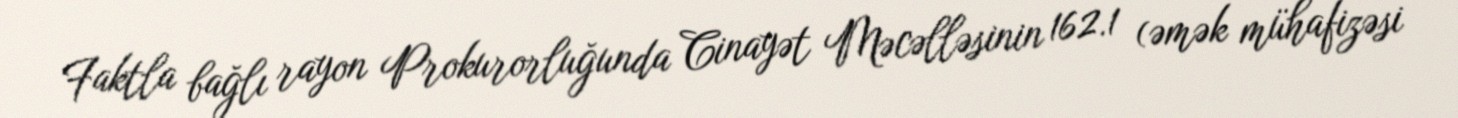
Faktla bağlı rayon Prokurorluğunda Cinayət Məcəlləsinin 162.1 (əmək mühafizəsi